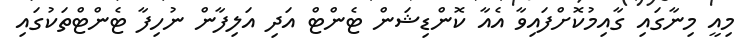
މިއީ މިނާގައި ގާއިމުކޮށްފައިވާ އެއާ ކޮންޑިޝަން ޓެންޓް އަދި އަލިފާން ނުހިފާ ޓެންޓްތަކުގައި